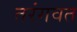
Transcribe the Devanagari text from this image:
तरंगवत